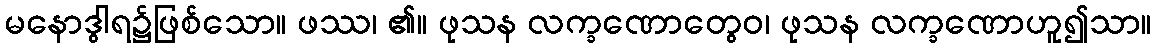
မနောဒွါရ၌ဖြစ်သော။ ဖဿ၊ ၏။ ဖုသန လက္ခဏောတွေဝ၊ ဖုသန လက္ခဏောဟူ၍သာ။